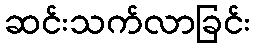
ဆင်းသက်လာခြင်း